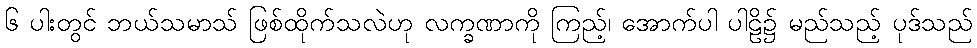
၆ ပါးတွင် ဘယ်သမာသ် ဖြစ်ထိုက်သလဲဟု လက္ခဏာကို ကြည့်၊ အောက်ပါ ပါဠိ၌ မည်သည့် ပုဒ်သည်